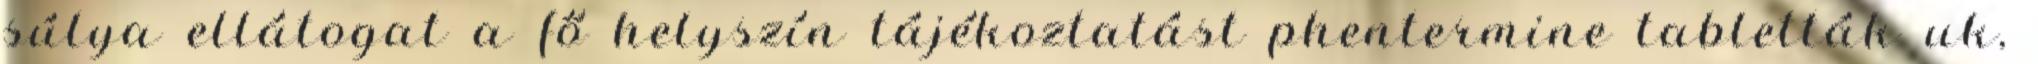
súlya ellátogat a fő helyszín tájékoztatást phentermine tabletták uk,